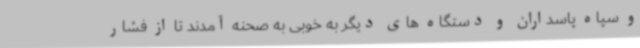
و سپاه پاسداران و دستگاه های دیگر به خوبی به صحنه آمدند تا از فشار